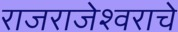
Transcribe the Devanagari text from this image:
राजराजेश्वराचे